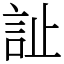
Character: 訨